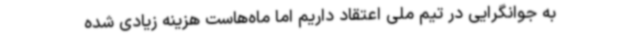
به جوانگرایی در تیم ملی اعتقاد داریم اما ماه‌هاست هزینه زیادی شده